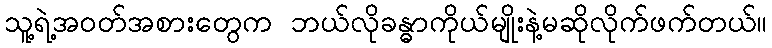
သူ့ရဲ့အဝတ်အစားတွေက ဘယ်လိုခန္ဓာကိုယ်မျိုးနဲ့မဆိုလိုက်ဖက်တယ်။